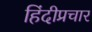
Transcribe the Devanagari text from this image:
हिंदीप्रचार